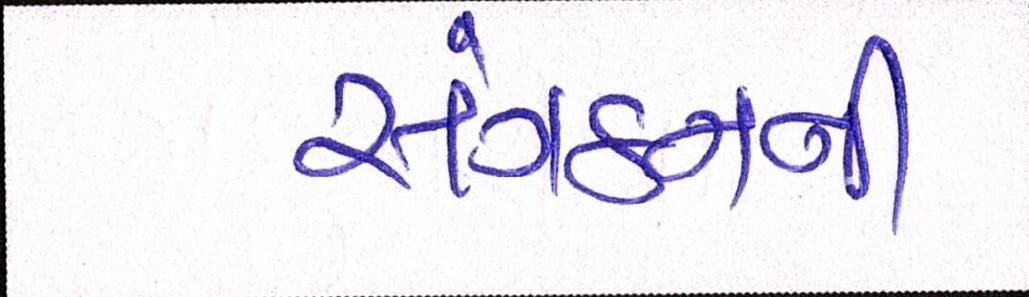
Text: સંગઠનની